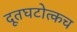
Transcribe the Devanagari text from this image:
दूतघटोत्कच